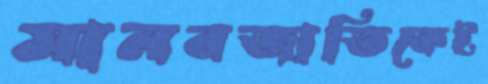
মানবজাতিকেই